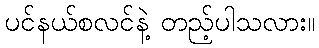
ပင်နယ်စလင်နဲ့ တည့်ပါသလား။